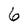
Character: 6